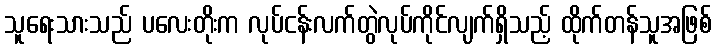
သူရေးသားသည် ပလေးတိုးက လုပ်ငန်းလက်တွဲလုပ်ကိုင်လျက်ရှိသည့် ထိုက်တန်သူအဖြစ်